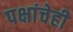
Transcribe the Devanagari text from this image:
पक्षांचेही